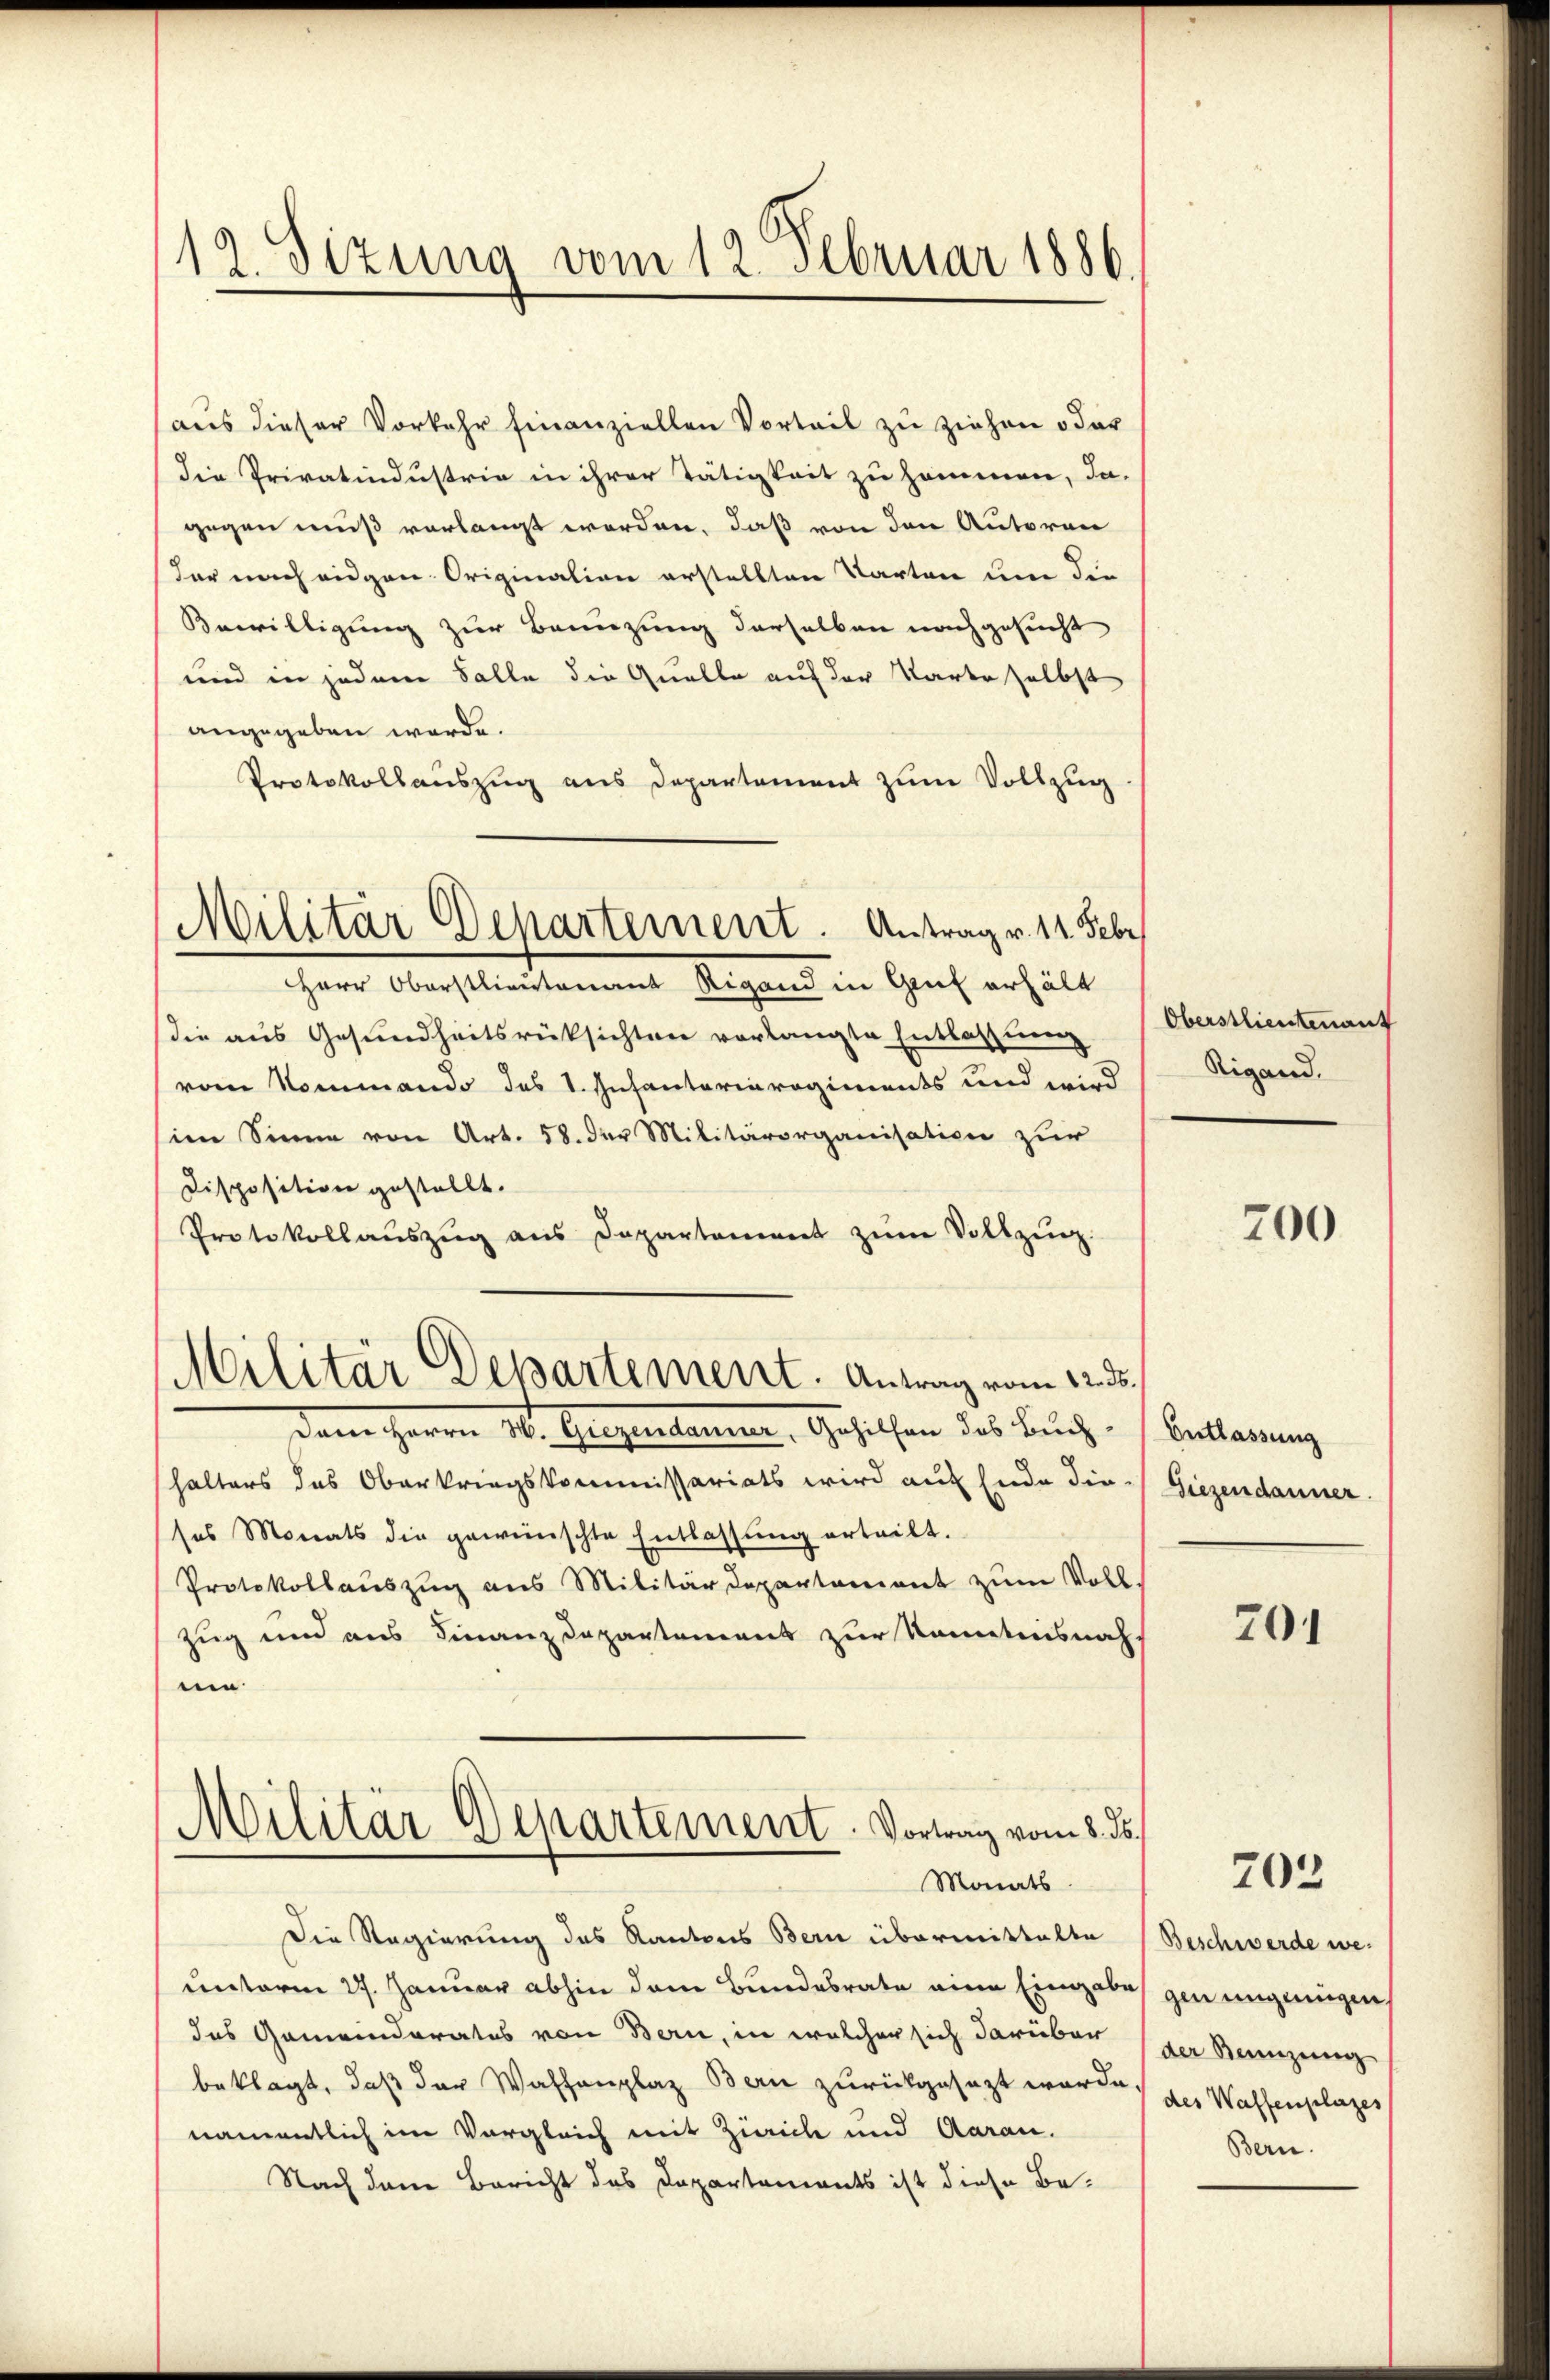
12. Sitzung vom 12. Februar 1886

Militär Departement. Antrag v. 14. Febr

aus dieser Vorkehr finanziellen Vorteil zu ziehen oder
die Privatindustrie in ihrer Tätigkeit zu hommen, da-
gegen muß vorlangt worden, daß von den Autoren
der nach eidgen. Origination erstellten Karten um die
Bewilligung zur Bannzung derselben nachgesucht
und in jedem Falle die Quelle auf der Karte selbst
angegeben werde.
Protokollauszug aus Departement zum Vollzug
Herr Oberstlieutenant Rigand in Gut erhält
die aus Gesundheitsrüksichten vorlangte Entlassung
vom Nommando des I. Infantariaregiments und wird
sine Sinne von Art. 58. der Militärorganisation zur
Disposition gestellt.
Protokollauszug aus Departement zum Vollzug.
Militär Departement. Antrag vom 12. ds.
Dem Herrn H. Giezendauer, Gehilfen des Buchhalters des Oberkriegskommissariats wird auf Ende die Giezendanner.
sos Monats die gewünschte Entlassŭng erteilt.
Protokollauszug aus Militärdepartament zum Voll¬
Zug und aus Finanzdepartement zur Kenntnisnah
um
Militär Departement. Vortrag vom 8. ds.
Monats
Die Regierung des Kantons Bern übermittelte
unterm 27. Januar abhin dem Bundesrate eine Eingabe gen ungenügen.
das Gemeinderates von Bern, in welcher sich darüber (der Kennzung
beklagt, daß der Waffenplaz Bern zurückgesezt worden der Waffenplazes
namentlich im Vergleich mit Zürich und Aarau.
Nach dem Bericht des Departements ist diese Be-

Entlassung

Oberstlieutenauf
Rigand.

700

201

203

Beschwerde we¬
Bern.